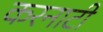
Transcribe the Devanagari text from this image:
करनाटी